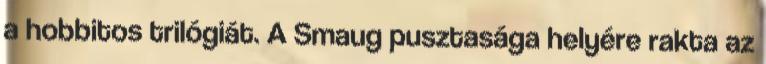
a hobbitos trilógiát. A Smaug pusztasága helyére rakta az